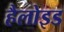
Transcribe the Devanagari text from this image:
हैलोइड